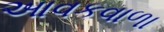
આવકવાળા